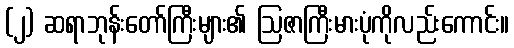
(၂) ဆရာဘုန်းတော်ကြီးများ၏ ဩဇာကြီးမားပုံကိုလည်းကောင်း။